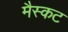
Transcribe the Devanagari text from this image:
मैस्कट